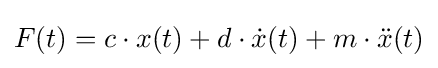
F(t)=c\cdot x(t)+d\cdot {\dot {x}}(t)+m\cdot {\ddot {x}}(t)